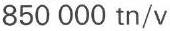
850 000 tn/v